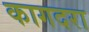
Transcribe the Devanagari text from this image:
कागदरा